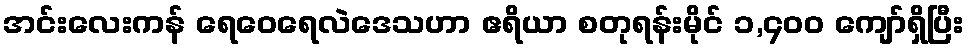
အင်းလေးကန် ရေဝေရေလဲဒေသဟာ ဧရိယာ စတုရန်းမိုင် ၁,၄၀၀ ကျော်ရှိပြီး